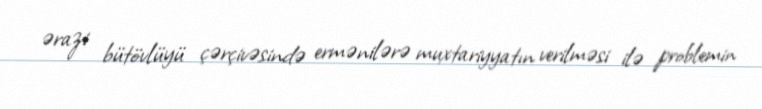
ərazi bütövlüyü çərçivəsində ermənilərə muxtariyyatın verilməsi ilə problemin